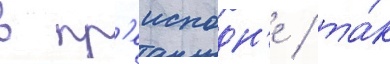
в пр'еисподн'е / та́к